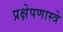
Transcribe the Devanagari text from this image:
प्रक्षेपणास्त्रे